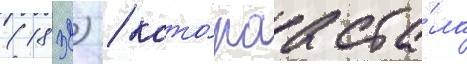
(1832) / кото́раа ста́ла